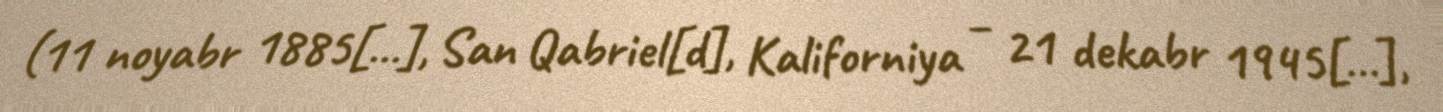
(11 noyabr 1885[…], San Qabriel[d], Kaliforniya – 21 dekabr 1945[…],